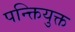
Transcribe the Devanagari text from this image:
पन्क्तियुक्त